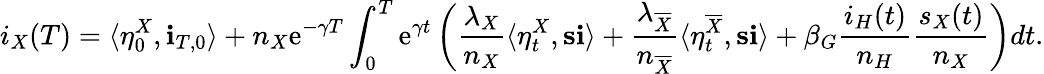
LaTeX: i_{X}(T)=\langle\eta_{0}^{X},\mathbf{i}_{T,0}\rangle+n_{X}\mathrm{e}^{-\gamma T}\int_{0}^{T}\mathrm{e}^{\gamma t}\left(\frac{\lambda_{X}}{n_{X}}\langle\eta_{t}^{X},\mathbf{s}\mathbf{i}\rangle+\frac{\lambda_{\overline{{X}}}}{n_{\overline{{X}}}}\langle\eta_{t}^{\overline{{X}}},\mathbf{s}\mathbf{i}\rangle+\beta_{G}\frac{i_{H}(t)}{n_{H}}\frac{s_{X}(t)}{n_{X}}\right)dt.